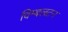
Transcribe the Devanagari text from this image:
विम्‍बलटन